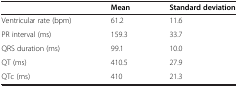
<table><thead><tr><td>[EMPTY_CELL]</td><td><b>Mean</b></td><td><b>Standard deviation</b></td></tr></thead><tbody><tr><td>Ventricular rate (bpm)</td><td>61.2</td><td>11.6</td></tr><tr><td>PR interval (ms)</td><td>159.3</td><td>33.7</td></tr><tr><td>QRS duration (ms)</td><td>99.1</td><td>10.0</td></tr><tr><td>QT (ms)</td><td>410.5</td><td>27.9</td></tr><tr><td>QTc (ms)</td><td>410</td><td>21.3</td></tr></tbody></table>